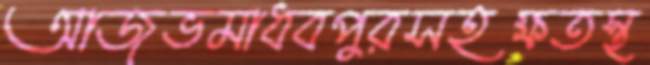
আজভমাধবপুরসহক্ষতস্থ